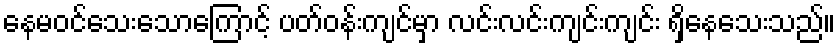
နေမဝင်သေးသောကြောင့် ပတ်ဝန်းကျင်မှာ လင်းလင်းကျင်းကျင်း ရှိနေသေးသည်။